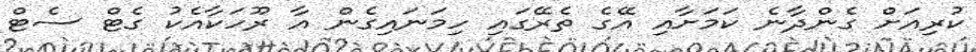
ކުރިއަށް ގެންދާނެ ކަމަށާއި އޭގެ ތެރޭގައި ހިމަނައިގެން އާ ރޫހަކާއެކު ގެޓް ސެޓް